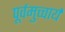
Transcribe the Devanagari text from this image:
पूर्वमुच्चार्य